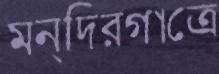
মন্দিরগাত্রে